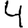
Digit: 4